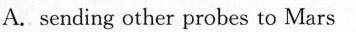
B. taking astronauts to the moon